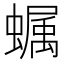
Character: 𧑏